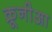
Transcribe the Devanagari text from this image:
क्रूनीआ